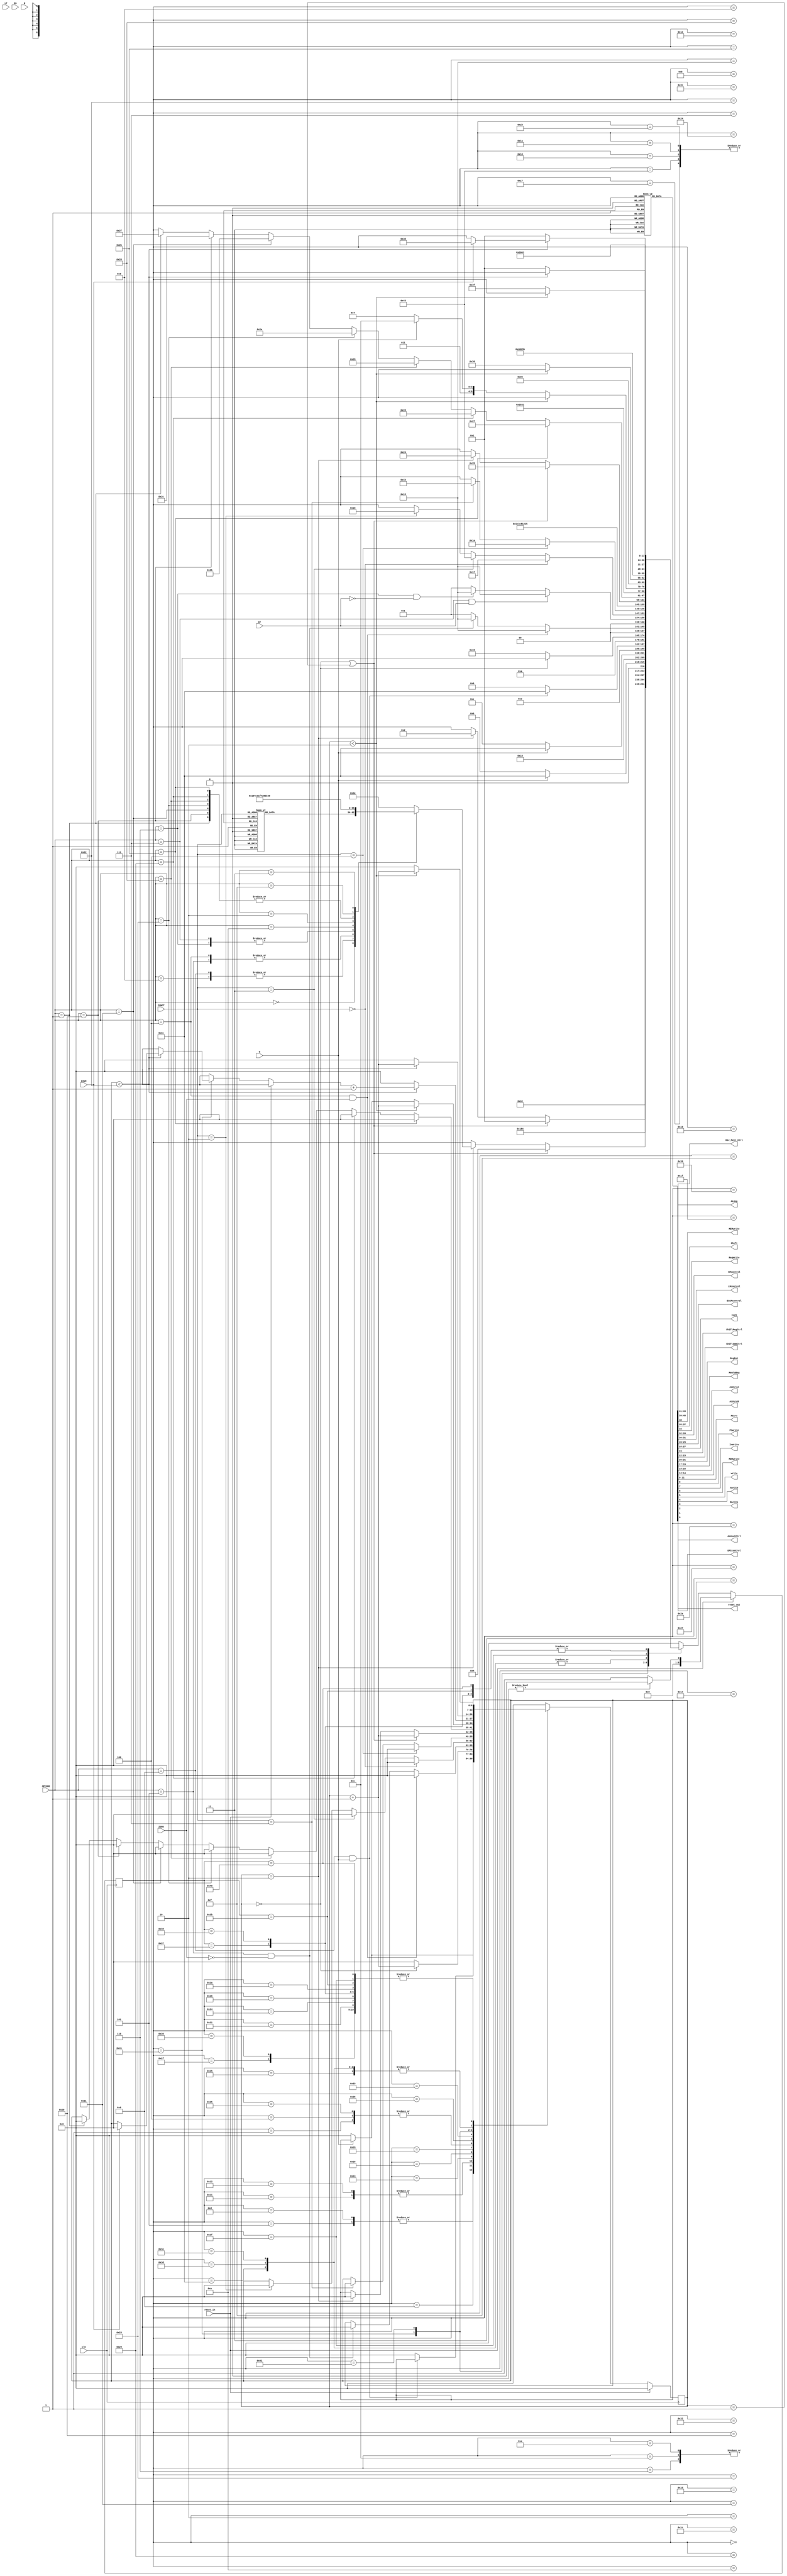
module control_unit(
    input wire clk,
    input wire reset_in,

// instruction
    input wire [5:0] OPCODE,
    input wire [5:0] FUNCT,

// flags

    input wire O,         // OVERFLOW
    input wire ZERO,      // ZERO on operation
    input wire GT,        // Greater than
    input wire LT,        // Less than
    input wire EG,        // Equal to
    input wire N,         // negative
    input wire DIV0,      // DIV0 exception signal

// outputs

// ULA
    output wire [2:0] ALUop,

// DIV e MULT
    output wire [1:0] Div_Mult_Ctrl,

// armazenamentos e deslocamentos
    output wire MEMwrite,             // MEMRIA
    output wire [2:0] Shift,         // registrador de deslocamento
    output wire RegWrite,              // banco de registradores

// Mascaras de Store e Load
    output wire [1:0] SMcontrol,
    output wire [1:0] LMcontrol,

// multiplexadores
    output wire [1:0] EXCPcontrol,
    output wire [2:0] IorD,
    output wire ShiftRegCtrl,
    output wire [1:0] ShiftAmmCtrl,
    output wire [1:0] RegDst,
    output wire [2:0] MemToReg,
    output wire [1:0] ALUsrcA,
    output wire [2:0] ALUsrcB,
    output wire [2:0] PCsrc,


// registradores

    output wire PCwrite,
    output wire IrWrite,
    output wire MDRwrite,
    output wire write,     // sinal para escrever em HI e LO
    output wire Awrite,
    output wire Bwrite,
    output wire EPCcontrol,
    output wire ALUoutCtrl,

// reset 
    output wire reset_out
);

//-----------------------------------CONTADORES E TABELAS-------------------------------------//
    reg [6:0] STATE;    
    reg [6:0] COUNTER; // contador de clocks
    reg [43:0] STATE_OUTPUT_TABLE [0:68];
    wire [43:0] OUTPUT_WORD; 

    
    assign ALUop = OUTPUT_WORD[43:41];
    assign Div_Mult_Ctrl = OUTPUT_WORD[40:39];   /// ER PRA SER 2 bits!!!!
    assign MEMwrite = OUTPUT_WORD[38];
    assign Shift = OUTPUT_WORD[37:35];
    assign RegWrite = OUTPUT_WORD[34];
    assign SMcontrol = OUTPUT_WORD[33:32];
    assign LMcontrol = OUTPUT_WORD[31:30];
    assign EXCPcontrol = OUTPUT_WORD[29:28];
    assign IorD = OUTPUT_WORD[27:25];
    assign ShiftRegCtrl = OUTPUT_WORD[24];
    assign ShiftAmmCtrl = OUTPUT_WORD[23:22];
    assign RegDst = OUTPUT_WORD[21:20];
    assign MemToReg = OUTPUT_WORD[19:17];
    assign ALUsrcA = OUTPUT_WORD[16:15];
    assign ALUsrcB = OUTPUT_WORD[14:12];
    assign PCsrc = OUTPUT_WORD[11:9];
    assign PCwrite = OUTPUT_WORD[8];
    assign IrWrite = OUTPUT_WORD[7];
    assign MDRwrite = OUTPUT_WORD[6];
    assign write = OUTPUT_WORD[5];
    assign Awrite = OUTPUT_WORD[4];
    assign Bwrite = OUTPUT_WORD[3];
    assign EPCcontrol = OUTPUT_WORD[2];
    assign ALUoutCtrl = OUTPUT_WORD[1];
    assign reset_out = OUTPUT_WORD[0];

    assign OUTPUT_WORD = STATE_OUTPUT_TABLE[STATE];

//--------------------------------------PARAMETROS DE ESTADO--------------------------------------//

    //-----------------------------ESTADOS----------------------------//
    //  'ACABOU DE LIGAR'
    parameter STATE_ON                  = 7'b1111111;
    //  COMUNS
    parameter STATE_RESET               =   7'd0;
    parameter STATE_RESET1              =   7'd50;
    parameter STATE_FETCH0              =   7'd1;
    parameter STATE_FETCH1              =   7'd2;
    parameter STATE_DECODE0             =   7'd3;
    parameter STATE_DECODE1             =   7'd4;


    //  ADD
    parameter STATE_ADD0                =   7'd5;
    parameter STATE_ADD1                =   7'd6;

    // AND 
    parameter STATE_AND_0               = 7'd11;
    parameter STATE_AND_1               = 7'd12;

    // SUB 
    parameter STATE_SUB_0               = 7'd13;
    parameter STATE_SUB_1               = 7'd14;

    //  ADD, AND, SUB ENDING STATE
    parameter STATE_ADD_AND_SUB_ENDING  =   7'd7;
    


    // ADDI, ADDIU
    parameter STATE_ADDI_ADDIU_0        = 7'd8; // ESTE ESTADO CONTAR COM UMA CHECAGEM DE OVERFLOW APENAS SE A INSTRUO EM QUESTO FOR O ADDI, MAS PRIMEIRO SER IMPLEMENTADO O ADDIU
    parameter STATE_ADDI_ADDIU_1        = 7'd9;
    parameter STATE_ADDI_ADDIU_ENDING   = 7'd10;


    // MFHI
    parameter STATE_MFHI                = 7'd15;

    // MFLO
    parameter STATE_MFLO                = 7'd16;



    // JR
    parameter STATE_JR                  = 7'd17;

    // BREAK
    parameter STATE_BREAK               = 7'd18;

    // BEQ/BNE
    parameter STATE_BEQ_BNE             = 7'd19;

    // BLE/BGT
    parameter STATE_BLE_BGT             = 7'd20;

    // JR, BREAK, BEQ/BNE, BLE/BGT ENDING STATE
    parameter STATE_JR_BREAK_BRANCH_ENDING = 7'd21;



    // SLL, SRA, SRL INITIAL STATE
    parameter STATE_SLL_SRA_SRL_INITIAL     = 7'd22;
    
    // SLL
    parameter STATE_SLL                     = 7'd23; 
    
    // SRA
    parameter STATE_SRA                     = 7'd67;
    
    // SRL
    parameter STATE_SRL                     = 7'd24;
    
    // SLLV, SRAV INITIAL STATE
    parameter STATE_SLLV_SRAV_INITIAL       = 7'd25;
    
    // SLLV
    parameter STATE_SLLV                    = 7'd26;
    
    // SRAV
    parameter STATE_SRAV                    = 7'd27;
    
    // SHIFT END STATE
    parameter STATE_SHIFT_END               = 7'd28;
    
    

    // SLT
    parameter STATE_SLT_0                   = 7'd29;
    parameter STATE_SLT_1                   = 7'd30;
    // SLTI
    parameter STATE_SLTI_0                  = 7'd31;
    parameter STATE_SLTI_1                  = 7'd32;

    // jump (J)
    parameter STATE_JUMP                    = 7'd33;

    // RTE
    parameter STATE_RTE                     = 7'd34;

    // STORES, LOADS and SLLM
    parameter STATE_LOAD_STORES_0           = 7'd35;
    parameter STATE_LOAD_STORES_1           = 7'd36;
    parameter STATE_LOAD_STORES_2           = 7'd37;
    parameter STATE_LOAD_STORES_3           = 7'd38;

    parameter STATE_SW                      = 7'd39;
    parameter STATE_SH                      = 7'd40;
    parameter STATE_SB                      = 7'd41;

    parameter STATE_LW                      = 7'd42;
    parameter STATE_LH                      = 7'd43;
    parameter STATE_LB                      = 7'd44;
 
    parameter STATE_SLLM_0                  = 7'd47;
    parameter STATE_SLLM_1                  = 7'd48;
    parameter STATE_SLLM_ENDING             = 7'd49;

    // CUIDADOOOOOOOOOOOOOOOOOOOOOOOOOOOOOOOOOO!!!! O ESTADO 7'd50 SER O STATE_RESET1, QUE PRECISA SER ADICIONADO PARA CARREGAR O VALOR 227 NO REGISTRADOR 29  //

    // ADDM
    parameter STATE_ADDM0                   = 7'd51;
    parameter STATE_ADDM1                   = 7'd52;
    parameter STATE_ADDM2                   = 7'd53;
    parameter STATE_ADDM3                   = 7'd54;
    parameter STATE_ADDM4                   = 7'd55;


    // LUI
    parameter STATE_LUI                     = 7'd56;     

    // JAL
    parameter STATE_JAL_0                   = 7'd57;
    parameter STATE_JAL_1                   = 7'd58;
    parameter STATE_JAL_2                   = 7'd59;


    // TRATAMENTO DE EXCEES  
    parameter STATE_EXP_OVERFLOW            = 7'd60;
    parameter STATE_EXP_DIV0                = 7'd61;
    parameter STATE_EXP_OPCODE              = 7'd62;

    parameter STATE_EXP_END_0               = 7'd63;
    parameter STATE_EXP_END_1               = 7'd64;

    // DIV 
    parameter STATE_DIV                     = 7'd65;
    // MULT 
    parameter STATE_MULT                    = 7'd66;
    //---------------------------FIM ESTADOS--------------------------//


    // OPCODES E FUNES

    parameter R_instruction     =   6'h0;
    parameter ADD               =   6'h20;
    parameter AND               =   6'h24;
    parameter DIV               =   6'h1a;
    parameter MULT              =   6'h18;
    parameter JR                =   6'h8;
    parameter MFHI              =   6'h10;
    parameter MFLO              =   6'h12;
    parameter SLL               =   6'h0;
    parameter SLLV              =   6'h4;
    parameter SLT               =   6'h2a;
    parameter SRA               =   6'h3;
    parameter SRAV              =   6'h7;
    parameter SRL               =   6'h2;
    parameter SUB               =   6'h22;
    parameter BREAK             =   6'hd;
    parameter RTE               =   6'h13;
    parameter ADDM              =   6'h5;


    parameter ADDI              =   6'h8;
    parameter ADDIU             =   6'h9;
    parameter BEQ               =   6'h4;
    parameter BNE               =   6'h5;
    parameter BLE               =   6'h6;
    parameter BGT               =   6'h7;
    parameter SLLM              =   6'h1;
    parameter LB                =   6'h20;
    parameter LH                =   6'h21;
    parameter LUI               =   6'hf;
    parameter LW                =   6'h23;
    parameter SB                =   6'h28;
    parameter SH                =   6'h29;
    parameter SLTI              =   6'ha;
    parameter SW                =   6'h2B;


    parameter JUMP              =   6'h2;
    parameter JAL               =   6'h3;

//--------------------------------------------------  INICIALIZAO  -------------------------------------------//

initial begin

    STATE = STATE_ON;
    
    COUNTER = 0;
//     //---------------------------------  INICIALIZAO DA TABELA DE OUTPUTS  -------------------------------//

//     //////////////  INICIO  ////////////////
        
    
//     ///////////////   RESET   /////////////
//     // RegWrite =1          /34
//     // RegDst = 3           /21:20
//     // MemToReg = 4         /19:17
//     // reset_out = 1        /0
     STATE_OUTPUT_TABLE[STATE_RESET] = 44'd0;

     STATE_OUTPUT_TABLE[STATE_RESET][34] = 1;        // RegWrite =1          /34
     STATE_OUTPUT_TABLE[STATE_RESET][21:20] = 2'd3;   // RegDst = 3           /21:20
     STATE_OUTPUT_TABLE[STATE_RESET][19:17] = 3'd4;   // MemToReg = 4         /19:17
     STATE_OUTPUT_TABLE[STATE_RESET][0] = 1;         // reset_out = 1        /0
//     ///////////////   RESET   /////////////

//     ///////////////   RESET1   /////////////
//     // RegWrite =1          /34
//     // RegDst = 3           /21:20
//     // MemToReg = 4         /19:17
//     // reset_out = 0        /0
     STATE_OUTPUT_TABLE[STATE_RESET1] = 44'd0;

     STATE_OUTPUT_TABLE[STATE_RESET1][34] = 1;        // RegWrite =1          /34
     STATE_OUTPUT_TABLE[STATE_RESET1][21:20] = 2'd3;   // RegDst = 3           /21:20
     STATE_OUTPUT_TABLE[STATE_RESET1][19:17] = 3'd4;   // MemToReg = 4         /19:17
     STATE_OUTPUT_TABLE[STATE_RESET1][0] = 0;         // reset_out = 0        /0
//     ///////////////   RESET1   /////////////

//      ///////////////  STATE_FETCH0   ///////////
//      // PCwrite = 0
//      // iorD = 0
//      // MEMwrite = 0
//      // IrWrite = 0
//      // ALUSrcA = 0         /16:15
//      // ALUSrcB = 1         /14:12   
//      // ALUop = 1           /43:41    
//      // PCSrc = 2           /11:9 
      STATE_OUTPUT_TABLE[STATE_FETCH0] = 44'd0;

      STATE_OUTPUT_TABLE[STATE_FETCH0][14:12] = 3'd1;
      STATE_OUTPUT_TABLE[STATE_FETCH0][43:41] = 3'd1;
      STATE_OUTPUT_TABLE[STATE_FETCH0][11:9] = 3'd2;
//      ///////////////  STATE_FETCH0   ///////////

//      ///////////////  STATE_FETCH1     ///////////////////
//      // PCwrite = 1      /8
//      // iorD = 0
//      // MEMwrite = 0
//      // IrWrite = 1      /7
//      // ALUSrcA = 0 
//      // ALUSrcB = 1      /14:12
//      // ALUop = 1        /43:41
//      // PCSrc = 2        /11:9
      STATE_OUTPUT_TABLE[STATE_FETCH1] = 44'd0;
     
      STATE_OUTPUT_TABLE[STATE_FETCH1][8] = 1;
      STATE_OUTPUT_TABLE[STATE_FETCH1][7] = 1;
      STATE_OUTPUT_TABLE[STATE_FETCH1][14:12] = 3'd1;
      STATE_OUTPUT_TABLE[STATE_FETCH1][43:41] = 3'd1;
      STATE_OUTPUT_TABLE[STATE_FETCH1][11:9] = 3'd2;
//      ///////////////  STATE_FETCH1     ///////////////////

//      ///////////////  STATE_DECODE0     //////////////////////////
//      // ALUSrcA = 0 
//      // ALUSrcB = 4      /14:12
//      // ALUop = 1        /43:41
      STATE_OUTPUT_TABLE[STATE_DECODE0] = 44'd0;
      
      STATE_OUTPUT_TABLE[STATE_DECODE0][14:12] = 3'd4;
      STATE_OUTPUT_TABLE[STATE_DECODE0][43:41] = 3'd1; 
//      ///////////////  STATE_DECODE0     //////////////////////////
     
//      ///////////////  STATE_DECODE1   /////////////////////////////
//      // ALUSrcA = 0 
//      // ALUSrcB = 4      /14:12
//      // ALUop = 1        /43:41
//      // Awrite = 1       /4
//      // Bwrite = 1       /3
//      // ALUoutCtrl = 1   /1
      STATE_OUTPUT_TABLE[STATE_DECODE1] = 44'd0;
      
      STATE_OUTPUT_TABLE[STATE_DECODE1][14:12] = 3'd4;
      STATE_OUTPUT_TABLE[STATE_DECODE1][43:41] = 3'd1;
      STATE_OUTPUT_TABLE[STATE_DECODE1][4] = 1;
      STATE_OUTPUT_TABLE[STATE_DECODE1][3] = 1;
      STATE_OUTPUT_TABLE[STATE_DECODE1][1] = 1;
//      ///////////////  STATE_DECODE1   /////////////////////////////
    
//      ///////////////  STATE_ADD0   /////////////////////
//      // ALUSrcA = 2      /16:15
//      // ALUSrcB = 0      /14:12
//      // ALUop = 1        /43:41
      STATE_OUTPUT_TABLE[STATE_ADD0] = 44'd0;
      
      STATE_OUTPUT_TABLE[STATE_ADD0][16:15] = 2'd2;
      STATE_OUTPUT_TABLE[STATE_ADD0][43:41] = 3'd1;
//      ///////////////  STATE_ADD0   /////////////////////

//      ///////////////  STATE_ADD1   ////////////////////
//      // ALUSrcA = 2      /16:15
//      // ALUSrcB = 0      /14:12
//      // ALUop = 1        /43:41
//      // ALUoutCtrl = 1   /1
      STATE_OUTPUT_TABLE[STATE_ADD1] = 44'd0;
      
      STATE_OUTPUT_TABLE[STATE_ADD0][16:15] = 2'd2;
      STATE_OUTPUT_TABLE[STATE_ADD0][43:41] = 3'd1;
      STATE_OUTPUT_TABLE[STATE_ADD0][1] = 1;
//      ///////////////  STATE_ADD1   ////////////////////


//      /////////////// STATE_AND_0  /////////////////////
//      // ALUSrcA = 2      /16:15
//      // ALUSrcB = 0      /14:12
//      // ALUop = 3        /43:41
      STATE_OUTPUT_TABLE[STATE_AND_0] = 44'd0;
      
      STATE_OUTPUT_TABLE[STATE_AND_0][16:15] = 2'd2;
      STATE_OUTPUT_TABLE[STATE_AND_0][43:41] = 3'd3;
//      /////////////// STATE_AND_0  /////////////////////

//      /////////////// STATE_AND_1  /////////////////////
//      // ALUSrcA = 2      /16:15
//      // ALUSrcB = 0      /14:12
//      // ALUop = 3        /43:41
//      // ALUoutCtrl = 1   /1
      STATE_OUTPUT_TABLE[STATE_AND_1] = 44'd0;
      
      STATE_OUTPUT_TABLE[STATE_AND_1][16:15] = 2'd2;
      STATE_OUTPUT_TABLE[STATE_AND_1][43:41] = 3'd3;
      STATE_OUTPUT_TABLE[STATE_AND_1][1] = 1;
//      /////////////// STATE_AND_1  /////////////////////


//      /////////////// STATE_SUB_0  /////////////////////
//      // ALUSrcA = 2      /16:15
//      // ALUSrcB = 0      /14:12
//      // ALUop = 2        /43:41
      STATE_OUTPUT_TABLE[STATE_SUB_0] = 44'd0;
      
      STATE_OUTPUT_TABLE[STATE_SUB_0][16:15] = 2'd2;
      STATE_OUTPUT_TABLE[STATE_SUB_0][43:41] = 3'd2;
//      /////////////// STATE_SUB_0  /////////////////////

//      /////////////// STATE_SUB_1  /////////////////////
//      // ALUSrcA = 2      /16:15
//      // ALUSrcB = 0      /14:12
//      // ALUop = 2        /43:41
//      // ALUoutCtrl = 1   /1
      STATE_OUTPUT_TABLE[STATE_SUB_1] = 44'd0;
      
      STATE_OUTPUT_TABLE[STATE_SUB_1][16:15] = 2'd2;
      STATE_OUTPUT_TABLE[STATE_SUB_1][43:41] = 3'd2;
      STATE_OUTPUT_TABLE[STATE_SUB_1][1] = 1;
//      /////////////// STATE_SUB_1  /////////////////////
    

//      ///////////////  STATE_ADD_AND_SUB_ENDING  ////////////////
//      // RegDst = 1       /21:20   
//      // MemToReg = 6     /19:17
//      // RegWrite = 1     /34
      STATE_OUTPUT_TABLE[STATE_ADD_AND_SUB_ENDING] = 44'd0;
       
      STATE_OUTPUT_TABLE[STATE_ADD_AND_SUB_ENDING][21:20] = 2'd1;
      STATE_OUTPUT_TABLE[STATE_ADD_AND_SUB_ENDING][19:17] = 3'd6;
      STATE_OUTPUT_TABLE[STATE_ADD_AND_SUB_ENDING][34] = 1;
//      ///////////////  STATE_ADD_AND_SUB_ENDING  ////////////////


//      ///////////////  STATE_ADDI_ADDIU_0  ////////////////
//      // ALUop = 1       /43:41
//      // ALUSrcA = 2     /16:15
//      // ALUSrcB = 3     /14:12
      STATE_OUTPUT_TABLE[STATE_ADDI_ADDIU_0] = 44'd0;

      STATE_OUTPUT_TABLE[STATE_ADDI_ADDIU_0][43:41] = 3'd1;
      STATE_OUTPUT_TABLE[STATE_ADDI_ADDIU_0][16:15] = 2'd2;
      STATE_OUTPUT_TABLE[STATE_ADDI_ADDIU_0][14:12] = 3'd3;
//      ///////////////  STATE_ADDI_ADDIU_0  ////////////////

//      ///////////////  STATE_ADDI_ADDIU_1  ////////////////
//      // ALUop = 1       /43:41
//      // ALUSrcA = 2     /16:15
//      // ALUSrcB = 3     /14:12
//      // ALUoutCtrl = 1  /1
      STATE_OUTPUT_TABLE[STATE_ADDI_ADDIU_1] = 44'd0;

      STATE_OUTPUT_TABLE[STATE_ADDI_ADDIU_1][43:41] = 3'd1;
      STATE_OUTPUT_TABLE[STATE_ADDI_ADDIU_1][16:15] = 2'd2;
      STATE_OUTPUT_TABLE[STATE_ADDI_ADDIU_1][14:12] = 3'd3;
      STATE_OUTPUT_TABLE[STATE_ADDI_ADDIU_1][1] = 1;
//      ///////////////  STATE_ADDI_ADDIU_1  ////////////////

//      ///////////////  STATE_ADDI_ADDIU_ENDING  ////////////////
//      // RegDst = 0       /21:20   
//      // MemToReg = 6     /19:17
//      // RegWrite = 1     /34
      STATE_OUTPUT_TABLE[STATE_ADDI_ADDIU_ENDING] = 44'd0;
       
      STATE_OUTPUT_TABLE[STATE_ADDI_ADDIU_ENDING][21:20] = 2'd0;
      STATE_OUTPUT_TABLE[STATE_ADDI_ADDIU_ENDING][19:17] = 3'd6;
      STATE_OUTPUT_TABLE[STATE_ADDI_ADDIU_ENDING][34] = 1;
//      ///////////////  STATE_ADDI_ADDIU_ENDING  ////////////////



//      ///////////////  STATE_MFHI  ////////////////
//      // RegDst = 1       /21:20   
//      // MemToReg = 2     /19:17
//      // RegWrite = 1     /34
      STATE_OUTPUT_TABLE[STATE_MFHI] = 44'd0;
       
      STATE_OUTPUT_TABLE[STATE_MFHI][21:20] = 2'd1;
      STATE_OUTPUT_TABLE[STATE_MFHI][19:17] = 3'd2;
      STATE_OUTPUT_TABLE[STATE_MFHI][34] = 1;
//      ///////////////  STATE_MFHI  ////////////////

//      ///////////////  STATE_MFLO  ////////////////
//      // RegDst = 1       /21:20   
//      // MemToReg = 1     /19:17
//      // RegWrite = 1     /34
      STATE_OUTPUT_TABLE[STATE_MFLO] = 44'd0;
       
      STATE_OUTPUT_TABLE[STATE_MFLO][21:20] = 2'd1;
      STATE_OUTPUT_TABLE[STATE_MFLO][19:17] = 3'd1;
      STATE_OUTPUT_TABLE[STATE_MFLO][34] = 1;
//      ///////////////  STATE_MFLO  ////////////////


//      ///////////////  STATE_JR  ////////////////
//      // ALUSrcA = 2      /16:15
//      // PCSrc = 2        /11:9      
//      // ALUop =  0       /43:41
//      // ALUoutCtrl = 1   /1      
      STATE_OUTPUT_TABLE[STATE_JR] = 44'd0;
      
      STATE_OUTPUT_TABLE[STATE_JR][16:15] = 2'd2;
      STATE_OUTPUT_TABLE[STATE_JR][11:9] = 3'd2;
      STATE_OUTPUT_TABLE[STATE_JR][43:41] = 3'd0;
      STATE_OUTPUT_TABLE[STATE_JR][1] = 1;
//      ///////////////  STATE_JR  ////////////////

//      ///////////////  STATE_BEQ_BNE  ////////////////
//      // ALUSrcA = 2      /16:15
//      // ALUSrcB = 0      /14:12
//      // ALUop =  2       /43:41
//      // PCSrc = 4        /11:9           
      STATE_OUTPUT_TABLE[STATE_BEQ_BNE] = 44'd0;
      
      STATE_OUTPUT_TABLE[STATE_BEQ_BNE][16:15] = 2'd2;
      STATE_OUTPUT_TABLE[STATE_BEQ_BNE][14:12] = 3'd0;
      STATE_OUTPUT_TABLE[STATE_BEQ_BNE][43:41] = 3'd2;
      STATE_OUTPUT_TABLE[STATE_BEQ_BNE][11:9] = 3'd4;
//      ///////////////  STATE_BEQ_BNE  ////////////////

//      ///////////////  STATE_BLE_BGT  ////////////////
//      // ALUSrcA = 2      /16:15
//      // ALUSrcB = 0      /14:12
//      // ALUop =  7       /43:41
//      // PCSrc = 4        /11:9           
      STATE_OUTPUT_TABLE[STATE_BLE_BGT] = 44'd0;
      
      STATE_OUTPUT_TABLE[STATE_BLE_BGT][16:15] = 2'd2;
      STATE_OUTPUT_TABLE[STATE_BLE_BGT][14:12] = 2'd0;
      STATE_OUTPUT_TABLE[STATE_BLE_BGT][43:41] = 3'd7;
      STATE_OUTPUT_TABLE[STATE_BLE_BGT][11:9] = 3'd4;
//      ///////////////  STATE_BLE_BGT  ////////////////

//      ///////////////  STATE_BREAK  ////////////////
//      // ALUSrcA = 0      /16:15
//      // ALUSrcB = 1      /14:12
//      // ALUop =  2       /43:41
//      // PCSrc = 2        /11:9 
//      // ALUoutCtrl = 1   /1           
      STATE_OUTPUT_TABLE[STATE_BREAK] = 44'd0;
      
      STATE_OUTPUT_TABLE[STATE_BREAK][16:15] = 2'd0;
      STATE_OUTPUT_TABLE[STATE_BREAK][14:12] = 3'd1;
      STATE_OUTPUT_TABLE[STATE_BREAK][43:41] = 3'd2;
      STATE_OUTPUT_TABLE[STATE_BREAK][11:9] = 3'd2;
      STATE_OUTPUT_TABLE[STATE_BREAK][1] = 1;      
//      ///////////////  STATE_BREAK  ////////////////

//      ///////////////  STATE_JR_BREAK_BRANCH_ENDING  ////////////////
//      // PCwrite = 1      /8
//      // PCSrc = 4        /11:9
      STATE_OUTPUT_TABLE[STATE_JR_BREAK_BRANCH_ENDING] = 44'd0;

      STATE_OUTPUT_TABLE[STATE_JR_BREAK_BRANCH_ENDING][8] = 1;
      STATE_OUTPUT_TABLE[STATE_JR_BREAK_BRANCH_ENDING][11:9] = 3'd4;
//      ///////////////  STATE_JR_BREAK_BRANCH_ENDING  ////////////////



//      ///////////////  STATE_SLL_SRA_SRL_INITIAL  ////////////////
//      // ShiftRegCtrl = 1     /24
//      // ShiftAmmCtrl =2      /23:22
//      // shift = 1            /37:35
      STATE_OUTPUT_TABLE[STATE_SLL_SRA_SRL_INITIAL] = 44'd0;

      STATE_OUTPUT_TABLE[STATE_SLL_SRA_SRL_INITIAL][24] = 1;
      STATE_OUTPUT_TABLE[STATE_SLL_SRA_SRL_INITIAL][23:22] = 2'd2;
      STATE_OUTPUT_TABLE[STATE_SLL_SRA_SRL_INITIAL][37:35] = 3'd1;
//      ///////////////  STATE_SLL_SRA_SRL_INITIAL  ////////////////

//      ///////////////  STATE_SLL  ////////////////
//      // ShiftRegCtrl = 1     /24
//      // ShiftAmmCtrl =2      /23:22
//      // shift = 2            /37:35
      STATE_OUTPUT_TABLE[STATE_SLL] = 44'd0;

      STATE_OUTPUT_TABLE[STATE_SLL][24] = 1;
      STATE_OUTPUT_TABLE[STATE_SLL][23:22] = 2'd2;
      STATE_OUTPUT_TABLE[STATE_SLL][37:35] = 3'd2;
//      ///////////////  STATE_SLL  ////////////////

//      ///////////////  STATE_SRA  ////////////////
//      // ShiftRegCtrl = 1     /24
//      // ShiftAmmCtrl =2      /23:22
//      // shift = 4            /37:35
      STATE_OUTPUT_TABLE[STATE_SRA] = 44'd0;

      STATE_OUTPUT_TABLE[STATE_SRA][24] = 1;
      STATE_OUTPUT_TABLE[STATE_SRA][23:22] = 2'd2;
      STATE_OUTPUT_TABLE[STATE_SRA][37:35] = 3'd4;
//      ///////////////  STATE_SRA  ////////////////

//      ///////////////  STATE_SRL  ////////////////
//      // ShiftRegCtrl = 1     /24
//      // ShiftAmmCtrl =2      /23:22
//      // shift = 3            /37:35
      STATE_OUTPUT_TABLE[STATE_SRL] = 44'd0;

      STATE_OUTPUT_TABLE[STATE_SRL][24] = 1;
      STATE_OUTPUT_TABLE[STATE_SRL][23:22] = 2'd2;
      STATE_OUTPUT_TABLE[STATE_SRL][37:35] = 3'd3;
//      ///////////////  STATE_SRL  ////////////////

//      ///////////////  STATE_SLLV_SRAV_INITIAL  ////////////////
//      // ShiftRegCtrl = 0     /24
//      // ShiftAmmCtrl =0      /23:22
//      // shift = 1            /37:35
      STATE_OUTPUT_TABLE[STATE_SLLV_SRAV_INITIAL] = 44'd0;

      STATE_OUTPUT_TABLE[STATE_SLLV_SRAV_INITIAL][24] = 0;
      STATE_OUTPUT_TABLE[STATE_SLLV_SRAV_INITIAL][23:22] = 2'd0;
      STATE_OUTPUT_TABLE[STATE_SLLV_SRAV_INITIAL][37:35] = 3'd1;
//      ///////////////  STATE_SLLV_SRAV_INITIAL  ////////////////

//      ///////////////  STATE_SRAV  ////////////////
//      // ShiftRegCtrl = 0     /24
//      // ShiftAmmCtrl = 0      /23:22
//      // shift = 4            /37:35
      STATE_OUTPUT_TABLE[STATE_SRAV] = 44'd0;

      STATE_OUTPUT_TABLE[STATE_SRAV][24] = 0;
      STATE_OUTPUT_TABLE[STATE_SRAV][23:22] = 2'd0;
      STATE_OUTPUT_TABLE[STATE_SRAV][37:35] = 3'd4;
//      ///////////////  STATE_SRAV  ////////////////

//      ///////////////  STATE_SLLV  ////////////////
//      // ShiftRegCtrl = 0     /24
//      // ShiftAmmCtrl = 0      /23:22
//      // shift = 2            /37:35
      STATE_OUTPUT_TABLE[STATE_SLLV] = 44'd0;

      STATE_OUTPUT_TABLE[STATE_SLLV][24] = 0;
      STATE_OUTPUT_TABLE[STATE_SLLV][23:22] = 2'd0;
      STATE_OUTPUT_TABLE[STATE_SLLV][37:35] = 3'd2;
//      ///////////////  STATE_SLLV  ////////////////

//      ///////////////  STATE_SHIFT_END  ////////////////
//      // RegDst = 1       /21:20   
//      // MemToReg = 5     /19:17
//      // RegWrite = 1     /34
      STATE_OUTPUT_TABLE[STATE_SHIFT_END] = 44'd0;
       
      STATE_OUTPUT_TABLE[STATE_SHIFT_END][21:20] = 2'd1;
      STATE_OUTPUT_TABLE[STATE_SHIFT_END][19:17] = 3'd5;
      STATE_OUTPUT_TABLE[STATE_SHIFT_END][34] = 1;
//      ///////////////  STATE_SHIFT_END  ////////////////



//      ///////////////  STATE_SLT_0  ////////////////
//      // ALUSrcA = 2      /16:15
//      // ALUSrcB = 0      /14:12
//      // ALUop =  7       /43:41
      STATE_OUTPUT_TABLE[STATE_SLT_0] = 44'd0;
      
      STATE_OUTPUT_TABLE[STATE_SLT_0][16:15] = 2'd2;
      STATE_OUTPUT_TABLE[STATE_SLT_0][14:12] = 3'd0;
      STATE_OUTPUT_TABLE[STATE_SLT_0][43:41] = 3'd7;
//      ///////////////  STATE_SLT_0  ////////////////

//      ///////////////  STATE_SLT_1  ////////////////
//      // RegDst = 1       /21:20   
//      // MemToReg = 7     /19:17
//      // RegWrite = 1     /34
//      // ALUSrcA = 2      /16:15
//      // ALUSrcB = 0      /14:12
//      // ALUop =  7       /43:41
      STATE_OUTPUT_TABLE[STATE_SLT_1] = 44'd0;
       
      STATE_OUTPUT_TABLE[STATE_SLT_1][21:20] = 2'd1;
      STATE_OUTPUT_TABLE[STATE_SLT_1][19:17] = 3'd7;
      STATE_OUTPUT_TABLE[STATE_SLT_1][34] = 1;
      STATE_OUTPUT_TABLE[STATE_SLT_1][16:15] = 2'd2;
      STATE_OUTPUT_TABLE[STATE_SLT_1][14:12] = 3'd0;
      STATE_OUTPUT_TABLE[STATE_SLT_1][43:41] = 3'd7;
//      ///////////////  STATE_SLT_1  ////////////////


//      ///////////////  STATE_SLTI_0  ////////////////
//      // ALUSrcA = 2      /16:15
//      // ALUSrcB = 3      /14:12
//      // ALUop =  7       /43:41
      STATE_OUTPUT_TABLE[STATE_SLTI_0] = 44'd0;
      
      STATE_OUTPUT_TABLE[STATE_SLTI_0][16:15] = 2'd2;
      STATE_OUTPUT_TABLE[STATE_SLTI_0][14:12] = 3'd3;
      STATE_OUTPUT_TABLE[STATE_SLTI_0][43:41] = 3'd7;
//      ///////////////  STATE_SLTI_0  ////////////////

//      ///////////////  STATE_SLTI_1  ////////////////
//      // RegDst = 0       /21:20   
//      // MemToReg = 7     /19:17
//      // RegWrite = 1     /34
//      // ALUSrcA = 2      /16:15
//      // ALUSrcB = 3      /14:12
//      // ALUop =  7       /43:41
      STATE_OUTPUT_TABLE[STATE_SLTI_1] = 44'd0;
       
      STATE_OUTPUT_TABLE[STATE_SLTI_1][21:20] = 2'd0;
      STATE_OUTPUT_TABLE[STATE_SLTI_1][19:17] = 3'd7;
      STATE_OUTPUT_TABLE[STATE_SLTI_1][34] = 1;
      STATE_OUTPUT_TABLE[STATE_SLTI_1][16:15] = 2'd2;
      STATE_OUTPUT_TABLE[STATE_SLTI_1][14:12] = 3'd3;
      STATE_OUTPUT_TABLE[STATE_SLTI_1][43:41] = 3'd7;
//      ///////////////  STATE_SLTI_1  ////////////////


//      ///////////////  STATE_J  ////////////////
//      // PCSrc = 0           /11:9
//      // PCwrite = 1         /8
      STATE_OUTPUT_TABLE[STATE_JUMP] = 44'd0;

      STATE_OUTPUT_TABLE[STATE_JUMP][11:9] = 3'd0;
      STATE_OUTPUT_TABLE[STATE_JUMP][8] = 1;
//      ///////////////  STATE_J  ////////////////

//      ///////////////  STATE_RTE  ////////////////
//      // PCSrc = 3           /11:9
//      // PCwrite = 1         /8
      STATE_OUTPUT_TABLE[STATE_RTE] = 44'd0;

      STATE_OUTPUT_TABLE[STATE_RTE][11:9] = 3'd3;
      STATE_OUTPUT_TABLE[STATE_RTE][8] = 1;
//      ///////////////  STATE_RTE  ////////////////




//      ///////////////  STATE_LOAD_STORES_0  ////////////////
//      // ALUSrcA = 2      /16:15
//      // ALUSrcB = 3      /14:12
//      // ALUop =  1       /43:41        
      STATE_OUTPUT_TABLE[STATE_LOAD_STORES_0] = 44'd0;
      
      STATE_OUTPUT_TABLE[STATE_LOAD_STORES_0][16:15] = 2'd2;
      STATE_OUTPUT_TABLE[STATE_LOAD_STORES_0][14:12] = 3'd3;
      STATE_OUTPUT_TABLE[STATE_LOAD_STORES_0][43:41] = 3'd1;
//      ///////////////  STATE_LOAD_STORES_0  ////////////////

//      ///////////////  STATE_LOAD_STORES_1  ////////////////
//      // ALUSrcA = 2      /16:15
//      // ALUSrcB = 3      /14:12
//      // ALUop =  1       /43:41  
//      // ALUoutCtrl = 1   /1      
      STATE_OUTPUT_TABLE[STATE_LOAD_STORES_1] = 44'd0;
      
      STATE_OUTPUT_TABLE[STATE_LOAD_STORES_1][16:15] = 2'd2;
      STATE_OUTPUT_TABLE[STATE_LOAD_STORES_1][14:12] = 3'd3;
      STATE_OUTPUT_TABLE[STATE_LOAD_STORES_1][43:41] = 3'd1;
      STATE_OUTPUT_TABLE[STATE_LOAD_STORES_1][1] = 1;
//      ///////////////  STATE_LOAD_STORES_1  ////////////////

//      ///////////////  STATE_LOAD_STORES_2  ////////////////
//      // iorD = 4         /27:25
//      // MEMwrite = 0
      STATE_OUTPUT_TABLE[STATE_LOAD_STORES_2] = 44'd0;

      STATE_OUTPUT_TABLE[STATE_LOAD_STORES_2][27:25] = 3'd4;
//      ///////////////  STATE_LOAD_STORES_2  ////////////////

//      ///////////////  STATE_LOAD_STORES_3  ////////////////
//      // MDRwrite = 1    /6
      STATE_OUTPUT_TABLE[STATE_LOAD_STORES_3] = 44'd0;

      STATE_OUTPUT_TABLE[STATE_LOAD_STORES_3][6] = 1;
//      ///////////////  STATE_LOAD_STORES_3  ////////////////



//      ///////////////  STATE_SW  ////////////////
//      // SMcontrol = 0    /33:32
//      // iorD = 4         /27:25
//      // MEMwrite = 1     /38
      STATE_OUTPUT_TABLE[STATE_SW] = 44'd0;

      STATE_OUTPUT_TABLE[STATE_SW][33:32] = 2'd0;
      STATE_OUTPUT_TABLE[STATE_SW][27:25] = 3'd4;
      STATE_OUTPUT_TABLE[STATE_SW][38] = 1;
//      ///////////////  STATE_SW  ////////////////

//      ///////////////  STATE_SH  ////////////////
//      // SMcontrol = 1    /33:32
//      // iorD = 4         /27:25
//      // MEMwrite = 1     /38
      STATE_OUTPUT_TABLE[STATE_SH] = 44'd0;

      STATE_OUTPUT_TABLE[STATE_SH][33:32] = 2'd1;
      STATE_OUTPUT_TABLE[STATE_SH][27:25] = 3'd4;
      STATE_OUTPUT_TABLE[STATE_SH][38] = 1;
//      ///////////////  STATE_SH  ////////////////

//      ///////////////  STATE_SB  ////////////////
//      // SMcontrol = 2    /33:32
//      // iorD = 4         /27:25
//      // MEMwrite = 1     /38
      STATE_OUTPUT_TABLE[STATE_SB] = 44'd0;

      STATE_OUTPUT_TABLE[STATE_SB][33:32] = 2'd2;
      STATE_OUTPUT_TABLE[STATE_SB][27:25] = 3'd4;
      STATE_OUTPUT_TABLE[STATE_SB][38] = 1;
//      ///////////////  STATE_SB  ////////////////


//      ///////////////  STATE_LW  ////////////////
//      // LMcontrol = 0    /31:30
//      // RegDst = 0       /21:20   
//      // MemToReg = 0     /19:17
//      // RegWrite = 1     /34
      STATE_OUTPUT_TABLE[STATE_LW] = 44'd0;

      STATE_OUTPUT_TABLE[STATE_LW][31:30] = 2'd0;
      STATE_OUTPUT_TABLE[STATE_LW][21:20] = 2'd0;
      STATE_OUTPUT_TABLE[STATE_LW][19:17] = 3'd0;
      STATE_OUTPUT_TABLE[STATE_LW][34] = 1;
//      ///////////////  STATE_LW  ////////////////

//      ///////////////  STATE_LH  ////////////////
//      // LMcontrol = 1    /31:30
//      // RegDst = 0       /21:20   
//      // MemToReg = 0     /19:17
//      // RegWrite = 1     /34
      STATE_OUTPUT_TABLE[STATE_LH] = 44'd0;

      STATE_OUTPUT_TABLE[STATE_LH][31:30] = 2'd1;
      STATE_OUTPUT_TABLE[STATE_LH][21:20] = 2'd0;
      STATE_OUTPUT_TABLE[STATE_LH][19:17] = 3'd0;
      STATE_OUTPUT_TABLE[STATE_LH][34] = 1;
//      ///////////////  STATE_LH  ////////////////

//      ///////////////  STATE_LB  ////////////////
//      // LMcontrol = 2    /31:30
//      // RegDst = 0       /21:20   
//      // MemToReg = 0     /19:17
//      // RegWrite = 1     /34
      STATE_OUTPUT_TABLE[STATE_LB] = 44'd0;

      STATE_OUTPUT_TABLE[STATE_LB][31:30] = 2'd2;
      STATE_OUTPUT_TABLE[STATE_LB][21:20] = 2'd0;
      STATE_OUTPUT_TABLE[STATE_LB][19:17] = 3'd0;
      STATE_OUTPUT_TABLE[STATE_LB][34] = 1;
//      ///////////////  STATE_LB  ////////////////


//      ///////////////  STATE_SLLM_0  ////////////////
//      // ShiftRegCtrl = 1     /24
//      // ShiftAmmCtrl = 1      /23:22
//      // shift = 1            /37:35
      STATE_OUTPUT_TABLE[STATE_SLLM_0] = 44'd0;

      STATE_OUTPUT_TABLE[STATE_SLLM_0][24] = 1;
      STATE_OUTPUT_TABLE[STATE_SLLM_0][23:22] = 2'd1;
      STATE_OUTPUT_TABLE[STATE_SLLM_0][37:35] = 3'd1;
//      ///////////////  STATE_SLLM_0  ////////////////

//      ///////////////  STATE_SLLM_1  ////////////////
//      // ShiftRegCtrl = 1     /24
//      // ShiftAmmCtrl = 1      /23:22
//      // shift = 2            /37:35
      STATE_OUTPUT_TABLE[STATE_SLLM_1] = 44'd0;

      STATE_OUTPUT_TABLE[STATE_SLLM_1][24] = 1;
      STATE_OUTPUT_TABLE[STATE_SLLM_1][23:22] = 2'd1;
      STATE_OUTPUT_TABLE[STATE_SLLM_1][37:35] = 3'd2;
//      ///////////////  STATE_SLLM_1  ////////////////

//      ///////////////  STATE_SLLM_ENDING  ////////////////
//      // RegDst = 0       /21:20   
//      // MemToReg = 5     /19:17
//      // RegWrite = 1     /34
      STATE_OUTPUT_TABLE[STATE_SLLM_ENDING] = 44'd0;
       
      STATE_OUTPUT_TABLE[STATE_SLLM_ENDING][21:20] = 2'd0;
      STATE_OUTPUT_TABLE[STATE_SLLM_ENDING][19:17] = 3'd5;
      STATE_OUTPUT_TABLE[STATE_SLLM_ENDING][34] = 1;
//      ///////////////  STATE_SLLM_ENDING  ////////////////



//      ///////////////  STATE_ADDM0  ////////////////
//      // IorD = 3         /27:25
        STATE_OUTPUT_TABLE[STATE_ADDM0] = 44'd0;

        STATE_OUTPUT_TABLE[STATE_ADDM0][27:25] = 3'd3;
//      ///////////////  STATE_ADDM0  ////////////////

//      ///////////////  STATE_ADDM1  ////////////////
//      // MDRwrite = 1     /6
        STATE_OUTPUT_TABLE[STATE_ADDM1] = 44'd0;
        
        STATE_OUTPUT_TABLE[STATE_ADDM1][6] = 1;
//      ///////////////  STATE_ADDM1  ////////////////

//      ///////////////  STATE_ADDM2  ////////////////
//      // ALUop = 1        /43:41
//      // IorD = 2         /27:25
//      // ALUsrcA = 1      /16:15
//      // ALUsrcB = 2      /14:12
        STATE_OUTPUT_TABLE[STATE_ADDM2] = 44'd0;
        
        STATE_OUTPUT_TABLE[STATE_ADDM2][43:41] = 3'd1;
        STATE_OUTPUT_TABLE[STATE_ADDM2][27:25] = 3'd2;
        STATE_OUTPUT_TABLE[STATE_ADDM2][16:15] = 2'd1;
        STATE_OUTPUT_TABLE[STATE_ADDM2][14:12] = 3'd2;
//      ///////////////  STATE_ADDM2  ////////////////

//      ///////////////  STATE_ADDM3  ////////////////
//      // ALUop = 1        /43:41
//      // ALUsrcA = 1      /16:15
//      // ALUsrcB = 2      /14:12
//      // ALUoutCtrl = 1   /1
        STATE_OUTPUT_TABLE[STATE_ADDM3] = 44'd0;
        
        STATE_OUTPUT_TABLE[STATE_ADDM3][43:41] = 3'd1;
        STATE_OUTPUT_TABLE[STATE_ADDM3][16:15] = 2'd1;
        STATE_OUTPUT_TABLE[STATE_ADDM3][14:12] = 3'd2;
        STATE_OUTPUT_TABLE[STATE_ADDM3][1]     = 1;
//      ///////////////  STATE_ADDM3  ////////////////

//      ///////////////  STATE_ADDM4  ////////////////
//      // RegWrite = 1      /34
//      // RegDst = 1        /21:20
//      // MemToReg = 6      /19:17
        STATE_OUTPUT_TABLE[STATE_ADDM4] = 44'd0;
        
        STATE_OUTPUT_TABLE[STATE_ADDM4][34] = 1;
        STATE_OUTPUT_TABLE[STATE_ADDM4][21:20] = 2'd1;
        STATE_OUTPUT_TABLE[STATE_ADDM4][19:17] = 3'd6;
//      ///////////////  STATE_ADDM4  ////////////////



//      ///////////////  STATE_LUI  ////////////////
//      // RegDst = 0       /21:20   
//      // MemToReg = 3     /19:17
//      // RegWrite = 1     /34
      STATE_OUTPUT_TABLE[STATE_LUI] = 44'd0;
       
      STATE_OUTPUT_TABLE[STATE_LUI][21:20] = 2'd0;
      STATE_OUTPUT_TABLE[STATE_LUI][19:17] = 3'd3;
      STATE_OUTPUT_TABLE[STATE_LUI][34] = 1;
//      ///////////////  STATE_LUI  ////////////////



//      ///////////////  STATE_JAL_0  ////////////////
//      // ALUSrcA = 0      /16:15
//      // PCSrc = 2        /11:9      
//      // ALUop =  0       /43:41     
      STATE_OUTPUT_TABLE[STATE_JAL_0] = 44'd0;
      
      STATE_OUTPUT_TABLE[STATE_JAL_0][16:15] = 2'd0;
      STATE_OUTPUT_TABLE[STATE_JAL_0][11:9] = 3'd2;
      STATE_OUTPUT_TABLE[STATE_JAL_0][43:41] = 3'd0;
//      ///////////////  STATE_JAL_0  ////////////////

//      ///////////////  STATE_JAL_1  ////////////////
//      // ALUSrcA = 0      /16:15
//      // PCSrc = 0        /11:9      
//      // ALUop =  0       /43:41   
//      // ALUoutCtrl = 1   /1 
//      // RegDst = 2       /21:20   
//      // MemToReg = 6     /19:17
//      // PCwrite = 1      /8
      STATE_OUTPUT_TABLE[STATE_JAL_1] = 44'd0;
      
      STATE_OUTPUT_TABLE[STATE_JAL_1][16:15] = 2'd0;
      STATE_OUTPUT_TABLE[STATE_JAL_1][11:9] = 3'd0;
      STATE_OUTPUT_TABLE[STATE_JAL_1][43:41] = 3'd0;
      STATE_OUTPUT_TABLE[STATE_JAL_1][1]     = 1;
      STATE_OUTPUT_TABLE[STATE_JAL_1][21:20] = 2'd2;
      STATE_OUTPUT_TABLE[STATE_JAL_1][19:17] = 3'd6;
      STATE_OUTPUT_TABLE[STATE_JAL_1][8] = 1;
//      ///////////////  STATE_JAL_1  ////////////////

//      ///////////////  STATE_JAL_2  //////////////// 
//      // RegDst = 2       /21:20   
//      // MemToReg = 6     /19:17
//      // RegWrite = 1     /34
      STATE_OUTPUT_TABLE[STATE_JAL_2] = 44'd0;
      
      STATE_OUTPUT_TABLE[STATE_JAL_2][21:20] = 2'd2;
      STATE_OUTPUT_TABLE[STATE_JAL_2][19:17] = 3'd6;
      STATE_OUTPUT_TABLE[STATE_JAL_2][34] = 1;
//      ///////////////  STATE_JAL_2  ////////////////




//      ///////////////  STATE_DIV  ////////////////
//      // Div_Mult_Ctrl = 1       /40:39
//      // write = 1               /5
      STATE_OUTPUT_TABLE[STATE_DIV] = 44'd0;
     
      STATE_OUTPUT_TABLE[STATE_DIV][40:39] = 2'd1;
      STATE_OUTPUT_TABLE[STATE_DIV][5] = 1;
//      ///////////////  STATE_DIV  ////////////////

//      ///////////////  STATE_MULT  ////////////////
//      // Div_Mult_Ctrl = 2       /40:39
//      // write = 1               /5
      STATE_OUTPUT_TABLE[STATE_MULT] = 44'd0;

      STATE_OUTPUT_TABLE[STATE_MULT][40:39] = 2'd2;
      STATE_OUTPUT_TABLE[STATE_MULT][5] = 1;
//      ///////////////  STATE_MULT  ////////////////




//      ///////////////  STATE_EXP_OVERFLOW  ////////////////
//      // MEMwrite = 0             /38
//      // ALUSrcA = 0              /16:15
//      // ALUSrcB = 1              /14:12
//      // EXCPControl = 1          /29:28
//      // IorD = 5                 /27:25
//      // ALUop = 2                /43:41 
//      // EPCcontrol = 1           /2
        STATE_OUTPUT_TABLE[STATE_EXP_OVERFLOW] = 44'd0;
                

        STATE_OUTPUT_TABLE[STATE_EXP_OVERFLOW][14:12] = 3'd1;
        STATE_OUTPUT_TABLE[STATE_EXP_OVERFLOW][29:28] = 2'd1;
        STATE_OUTPUT_TABLE[STATE_EXP_OVERFLOW][27:25] = 3'd5;
        STATE_OUTPUT_TABLE[STATE_EXP_OVERFLOW][43:41] = 3'd2;
        STATE_OUTPUT_TABLE[STATE_EXP_OVERFLOW][2] = 1;
//      ///////////////  STATE_EXP_OVERFLOW  //////////////// 

//      ///////////////  STATE_EXP_DIV0  //////////////// 
//      // MEMwrite = 0             /38
//      // ALUSrcA = 0              /16:15
//      // ALUSrcB = 1              /14:12
//      // EXCPControl = 2          /29:28
//      // IorD = 5                 /27:25
//      // ALUop = 2                /43:41 
//      // EPCcontrol = 1           /2
        STATE_OUTPUT_TABLE[STATE_EXP_DIV0] = 44'd0;        

        STATE_OUTPUT_TABLE[STATE_EXP_DIV0][14:12] = 3'd1;
        STATE_OUTPUT_TABLE[STATE_EXP_DIV0][29:28] = 2'd2;
        STATE_OUTPUT_TABLE[STATE_EXP_DIV0][27:25] = 3'd5;
        STATE_OUTPUT_TABLE[STATE_EXP_DIV0][43:41] = 3'd2;
        STATE_OUTPUT_TABLE[STATE_EXP_DIV0][2] = 1;
//      ///////////////  STATE_EXP_DIV0  ////////////////

//      ///////////////  STATE_EXP_OPCODE  //////////////// 
//      // MEMwrite = 0             /38
//      // ALUSrcA = 0              /16:15
//      // ALUSrcB = 1              /14:12
//      // EXCPControl = 0          /29:28
//      // IorD = 5                 /27:25
//      // ALUop = 2                /43:41 
//      // EPCcontrol = 1           /2
        STATE_OUTPUT_TABLE[STATE_EXP_OPCODE] = 44'd0;        

        STATE_OUTPUT_TABLE[STATE_EXP_OPCODE][14:12] = 3'd1;
        STATE_OUTPUT_TABLE[STATE_EXP_OPCODE][29:28] = 2'd0;
        STATE_OUTPUT_TABLE[STATE_EXP_OPCODE][27:25] = 3'd5;
        STATE_OUTPUT_TABLE[STATE_EXP_OPCODE][43:41] = 3'd2;
        STATE_OUTPUT_TABLE[STATE_EXP_OPCODE][2] = 1;
//      ///////////////  STATE_EXP_OPCODE  ////////////////

//      ///////////////  STATE_EXP_END_0  //////////////// 
//      // MDRwrite = 1    /6
      STATE_OUTPUT_TABLE[STATE_EXP_END_0] = 44'd0;

      STATE_OUTPUT_TABLE[STATE_EXP_END_0][6] = 1;
//      ///////////////  STATE_EXP_END_0  ////////////////

//      ///////////////  STATE_EXP_END_1  //////////////// 
//      // LMcontrol = 2       /31:30
//      // PCSrc = 1           /11:9
//      // PCwrite = 1         /8
      STATE_OUTPUT_TABLE[STATE_EXP_END_1] = 44'd0;

      STATE_OUTPUT_TABLE[STATE_EXP_END_1][31:30] = 2'd2;
      STATE_OUTPUT_TABLE[STATE_EXP_END_1][11:9] = 3'd1;
      STATE_OUTPUT_TABLE[STATE_EXP_END_1][8] = 1;
//      ///////////////  STATE_EXP_END_1  ////////////////

//     //------------------  FIM DA INICIALIZAO DA TABELA DE OUTPUTS  ------------------//
end

always @(posedge clk) begin
    if (reset_in == 1'b1) begin
        if (STATE != STATE_RESET) begin
            STATE = STATE_RESET;
            
            
            // SET COUNTER FOR NEXT OPERATION
            COUNTER = 0;
        end
        
        else begin
            STATE = STATE_FETCH0;
            
            
            // SET COUNTER FOR NEXT OPERATION
            COUNTER = 0;
        end
    end 

    else begin
        case (STATE)
            //------        ESTADOS "COMUNS"      --------//
            STATE_RESET: begin
                STATE = STATE_RESET1;
            end

            STATE_RESET1: begin
                STATE = STATE_FETCH0;
            end

            STATE_FETCH0: begin
                if (COUNTER == 0 || COUNTER == 1) begin
                    STATE = STATE_FETCH0;
                    
                    // SET COUNTER FOR NEXT OPERATION
                    COUNTER = COUNTER + 1; 
                end
                else if (COUNTER == 2) begin
                    STATE = STATE_FETCH1;
                    
                    // SET COUNTER FOR NEXT OPERATION
                    COUNTER = 0;
                end
            end

            STATE_FETCH1: begin
                STATE = STATE_DECODE0;
                
                // SET COUNTER FOR NEXT OPERATION
                COUNTER = 0;
            end

            STATE_DECODE0: begin
                STATE = STATE_DECODE1;
                
                // SET COUNTER FOR NEXT OPERATION
                COUNTER = 0;
            end
            
            STATE_DECODE1: begin
                if (COUNTER == 0 || COUNTER == 1) begin
                    STATE = STATE_DECODE1;
                    
                    // SET COUNTER FOR NEXT OPERATION
                    COUNTER = COUNTER + 1;
                end
                else if (COUNTER == 2) begin
                    COUNTER = 0;
                    
                    case (OPCODE)
                        R_instruction: begin
                            case (FUNCT)
                                ADD:
                                    STATE = STATE_ADD0;
                               
                                AND:
                                    STATE = STATE_AND_0;
                               
                                SUB:
                                    STATE = STATE_SUB_0;

                                MFHI:
                                    STATE = STATE_MFHI;

                                MFLO:
                                    STATE = STATE_MFLO;
                                
                                JR:
                                    STATE = STATE_JR;
                                
                                BREAK:
                                    STATE = STATE_BREAK;
                                
                                SLL:
                                    STATE = STATE_SLL_SRA_SRL_INITIAL;
                               
                                SRA:
                                    STATE = STATE_SLL_SRA_SRL_INITIAL;
                              
                                SRL:
                                    STATE = STATE_SLL_SRA_SRL_INITIAL;
                               
                                SLLV:
                                    STATE = STATE_SLLV_SRAV_INITIAL;

                                SRAV:
                                    STATE = STATE_SLLV_SRAV_INITIAL;

                                SLT: 
                                    STATE = STATE_SLT_0;
                                
                                RTE: 
                                    STATE = STATE_RTE;

                                ADDM:
                                    STATE = STATE_ADDM0;
                                
                                DIV: 
                                    STATE = STATE_DIV;
                                
                                MULT: 
                                    STATE = STATE_MULT;

                                default:
                                    STATE = STATE_EXP_OPCODE; // tratamento de excees de OPCODE INEXISTENTE 
                            endcase
                        end

                        ADDI:
                            STATE = STATE_ADDI_ADDIU_0;

                        ADDIU:
                            STATE = STATE_ADDI_ADDIU_0;

                        BEQ:
                            STATE = STATE_BEQ_BNE;
                        BNE:
                            STATE = STATE_BEQ_BNE;
                        BLE:
                            STATE = STATE_BLE_BGT;
                        BGT:
                            STATE = STATE_BLE_BGT;

                        SLTI: 
                            STATE = STATE_SLTI_0;
                        
                        JUMP:
                            STATE = STATE_JUMP;


                        SW: 
                            STATE = STATE_LOAD_STORES_0;
                        SH:
                            STATE = STATE_LOAD_STORES_0;
                        SB:
                            STATE = STATE_LOAD_STORES_0;

                        LW:
                            STATE = STATE_LOAD_STORES_0;
                        LH:
                            STATE = STATE_LOAD_STORES_0;
                        LB:
                            STATE = STATE_LOAD_STORES_0;

                        SLLM:
                            STATE = STATE_LOAD_STORES_0;

                        LUI:
                            STATE = STATE_LUI;

                        JAL:
                            STATE = STATE_JAL_0;

                        default:
                            STATE = STATE_EXP_OPCODE; // tratamento de excees de OPCODE INEXISTENTE
                    endcase
                end
            end
            //------     FIM ESTADOS "COMUNS"     --------//

            //  ADD
            STATE_ADD0: begin
                if (O == 1) begin
                    STATE = STATE_EXP_OVERFLOW;
                end else begin
                    STATE = STATE_ADD1;
                    COUNTER = 0;
                end
            end
            STATE_ADD1: begin
                STATE = STATE_ADD_AND_SUB_ENDING;
                COUNTER = 0;
            end

            //  AND
            STATE_AND_0: begin
                STATE = STATE_AND_1;
                COUNTER = 0;
            end
            STATE_AND_1: begin
                STATE = STATE_ADD_AND_SUB_ENDING;
                COUNTER = 0;
            end

            //  SUB
            STATE_SUB_0: begin
                if (O == 1) begin
                    STATE = STATE_EXP_OVERFLOW;
                end else begin
                    STATE = STATE_SUB_1;
                    COUNTER = 0;
                end
            end
            STATE_SUB_1: begin
                STATE = STATE_ADD_AND_SUB_ENDING;
                COUNTER = 0;
            end
            
            //  ADD, AND, SUB ENDING STATE
            STATE_ADD_AND_SUB_ENDING: begin
                STATE = STATE_FETCH0;
                COUNTER = 0;
            end
            
            // ADDIU, ADDI
            STATE_ADDI_ADDIU_0: begin
                if (OPCODE == ADDI && O == 1) begin
                    STATE = STATE_EXP_OVERFLOW;
                end else begin
                    STATE = STATE_ADDI_ADDIU_1; // ESTE ESTADO CONTAR COM UMA CHECAGEM DE OVERFLOW APENAS SE A INSTRUO EM QUESTO FOR O ADDI, MAS PRIMEIRO SER IMPLEMENTADO O ADDIU
                    COUNTER = 0;
                end
            end
            STATE_ADDI_ADDIU_1: begin
                STATE = STATE_ADDI_ADDIU_ENDING;
                COUNTER = 0;
            end
            STATE_ADDI_ADDIU_ENDING: begin
                STATE = STATE_FETCH0;
                COUNTER = 0;
            end

            //  MFHI
            STATE_MFHI: begin
                STATE = STATE_FETCH0;
                COUNTER = 0;
            end

            // FMLO
            STATE_MFLO: begin
                STATE = STATE_FETCH0;
                COUNTER = 0;
            end
            
            //  JR
            STATE_JR: begin
                if (COUNTER == 0) begin
                    COUNTER = COUNTER + 1;
                end else begin
                    STATE = STATE_JR_BREAK_BRANCH_ENDING;
                    COUNTER = 0;
                end    
            end
            
            // BREAK
            STATE_BREAK: begin
                if (COUNTER == 0) begin
                    COUNTER = COUNTER + 1;
                end else begin
                    STATE = STATE_JR_BREAK_BRANCH_ENDING;
                    COUNTER = 0;
                end
            end
            
            // BEQ/BNE
            STATE_BEQ_BNE: begin
                if (OPCODE == BEQ && ZERO == 1) begin
                    STATE = STATE_JR_BREAK_BRANCH_ENDING;
                    COUNTER = 0; 
                end
                else if (OPCODE == BNE && ZERO == 0) begin
                    STATE = STATE_JR_BREAK_BRANCH_ENDING;
                    COUNTER = 0;
                end
                else begin
                    STATE = STATE_FETCH0;
                end
            end

            // BLE/BGT
            STATE_BLE_BGT: begin
                if (OPCODE == BGT && GT == 1) begin
                    STATE = STATE_JR_BREAK_BRANCH_ENDING;
                    COUNTER = 0; 
                end
                else if (OPCODE == BLE && GT == 0) begin
                    STATE = STATE_JR_BREAK_BRANCH_ENDING;
                    COUNTER = 0;
                end
                else begin
                    STATE = STATE_FETCH0;
                    COUNTER = 0;
                end
            end

            // JR, BREAK, BRANCHES ENDING STATE
            STATE_JR_BREAK_BRANCH_ENDING: begin
                STATE = STATE_FETCH0;
                COUNTER = 0;
            end

            
            // SLL, SRA, SRL INITIAL STATE
            STATE_SLL_SRA_SRL_INITIAL: begin
                if (FUNCT == SLL) begin
                    STATE = STATE_SLL;
                    COUNTER = 0;
                end
                else if (FUNCT == SRA) begin
                    STATE = STATE_SRA;
                    COUNTER = 0;
                end 
                else if (FUNCT == SRL) begin
                    STATE = STATE_SRL;
                    COUNTER = 0;
                end 
            end

            //  SLL
            STATE_SLL: begin
                STATE = STATE_SHIFT_END;
                COUNTER = 0;
            end
            
            //  SRA
            STATE_SRA: begin
                STATE = STATE_SHIFT_END;
                COUNTER = 0;
            end
           
            //  SRL
            STATE_SRL: begin
                STATE = STATE_SHIFT_END;
                COUNTER = 0;
            end
            

            // SLLV, SRAV INITIAL STATE
            STATE_SLLV_SRAV_INITIAL: begin
                if (FUNCT == SLLV) begin
                    STATE = STATE_SLLV;
                    COUNTER = 0;
                end
                else if (FUNCT == SRAV) begin
                    STATE = STATE_SRAV;
                    COUNTER = 0;
                end 
            end
            
            //  SLLV
            STATE_SLLV: begin
                STATE = STATE_SHIFT_END;
                COUNTER = 0;
            end
            
            //  SRAV
            STATE_SRAV: begin
                STATE = STATE_SHIFT_END;
                COUNTER = 0;
            end 

            // SHIFT END STATE
            STATE_SHIFT_END: begin
                STATE = STATE_FETCH0;
                COUNTER = 0;
            end


            // SLT
            STATE_SLT_0: begin
                STATE = STATE_SLT_1;
                COUNTER = 0;
            end
            STATE_SLT_1: begin
                STATE = STATE_FETCH0;
                COUNTER = 0;
            end

            // SLTI
            STATE_SLTI_0: begin
                STATE = STATE_SLTI_1;
                COUNTER = 0;
            end
            STATE_SLTI_1: begin
                STATE = STATE_FETCH0;
                COUNTER = 0;
            end

            // JUMP
            STATE_JUMP: begin
                STATE = STATE_FETCH0;
                COUNTER = 0;
            end

            // RTE
            STATE_RTE: begin
                STATE = STATE_FETCH0;
                COUNTER = 0;
            end

            // RESOLUO DE ESTADOS DE LOADS, STORES E SLLM

            //STATE_LOAD_STORES_0
            STATE_LOAD_STORES_0: begin
                STATE = STATE_LOAD_STORES_1;
                COUNTER = 0;
            end

            //STATE_LOAD_STORES_1
            STATE_LOAD_STORES_1: begin
                STATE = STATE_LOAD_STORES_2;
                COUNTER = 0;
            end

            //STATE_LOAD_STORES_2
            STATE_LOAD_STORES_2: begin
                if (COUNTER == 0 || COUNTER == 1) begin
                    STATE = STATE_LOAD_STORES_2;
                    COUNTER = COUNTER + 1;
                end
                else if (COUNTER == 2) begin
                    STATE = STATE_LOAD_STORES_3;
                    COUNTER = 0;
                end
            end

            //STATE_LOAD_STORES_3
            STATE_LOAD_STORES_3: begin
                if (OPCODE == SW) begin
                    STATE = STATE_SW;
                    COUNTER = 0;
                end
                else if (OPCODE == SH) begin
                    STATE = STATE_SH;
                    COUNTER = 0;
                end
                else if (OPCODE == SB) begin
                    STATE = STATE_SB;
                    COUNTER = 0;
                end
                else if (OPCODE == LW) begin
                    STATE = STATE_LW;
                    COUNTER = 0;
                end
                else if (OPCODE == LH) begin
                    STATE = STATE_LH;
                    COUNTER = 0;
                end
                else if (OPCODE == LB) begin
                    STATE = STATE_LB;
                    COUNTER = 0;
                end
                else if (OPCODE == SLLM) begin
                    STATE = STATE_SLLM_0;
                    COUNTER = 0;
                end
            end
            
            
            //STATE_SW
            STATE_SW: begin
                STATE = STATE_FETCH0;
            end
            //STATE_SH
            STATE_SH: begin
                STATE = STATE_FETCH0;
            end
            //STATE_SB
            STATE_SB: begin
                STATE = STATE_FETCH0;
            end

            
            //STATE_LW
            STATE_LW: begin
                STATE = STATE_FETCH0;
            end
            //STATE_LH
            STATE_LH: begin
                STATE = STATE_FETCH0;
            end
            //STATE_LB
            STATE_LB: begin
                STATE = STATE_FETCH0;
            end
 
        
            
            //STATE_SLLM_0 
            STATE_SLLM_0: begin
                STATE = STATE_SLLM_1;
            end
            //STATE_SLLM_1
            STATE_SLLM_1: begin
                STATE = STATE_SLLM_ENDING;
            end
            //STATE_SLLM_ENDING
            STATE_SLLM_ENDING: begin
                STATE = STATE_FETCH0;
            end

            //STATE_ADDM0
            STATE_ADDM0: begin
                if (COUNTER < 2) begin
                    COUNTER = COUNTER + 1;
                end else begin
                    if (O == 1) begin
                        STATE = STATE_EXP_OVERFLOW;
                    end else begin
                        COUNTER = 0;
                        STATE = STATE_ADDM1;
                    end
                end
            end
            //STATE_ADDM1
            STATE_ADDM1: begin
                STATE = STATE_ADDM2;
            end
            //STATE_ADDM2
            STATE_ADDM2: begin
                if (COUNTER < 2) begin
                    COUNTER = COUNTER + 1;
                end else begin
                    COUNTER = 0;
                    STATE = STATE_ADDM3;
                end
            end
            //STATE_ADDM3
            STATE_ADDM3: begin
                STATE = STATE_ADDM4;
            end
            //STATE_ADDM4
            STATE_ADDM4: begin
                STATE = STATE_FETCH0;
            end

            // LUI
            STATE_LUI: begin
                STATE = STATE_FETCH0;
            end

            // JAL
            STATE_JAL_0: begin
                STATE = STATE_JAL_1;
                COUNTER = 0;
            end
            STATE_JAL_1: begin
                STATE = STATE_JAL_2;
            end
            STATE_JAL_2: begin
                STATE = STATE_FETCH0;
            end


            // DIV
            STATE_DIV: begin
                if (COUNTER < 34) begin
                    if (DIV0) begin
                        COUNTER = 0;
                        STATE = STATE_EXP_DIV0;
                    end

                    COUNTER = COUNTER + 1;
                end
                else begin
                    COUNTER = 0;
                    STATE = STATE_FETCH0;
                end
            end

            // MULT
            STATE_MULT: begin
                if (COUNTER < 34) begin
                    COUNTER = COUNTER + 1;
                end
                else begin
                    COUNTER = 0;
                    STATE = STATE_FETCH0;
                end
            end

            //-------------- TRATAMENTO DE EXCEES ------------------//
            
            // OVERFLOW
            STATE_EXP_OVERFLOW: begin
                if (COUNTER < 2) begin
                    COUNTER = COUNTER + 1;
                end
                else begin
                    COUNTER = 0;
                    STATE = STATE_EXP_END_0;
                end                
            end

            // DIVISO POR ZERO
            STATE_EXP_DIV0: begin
                if (COUNTER < 2) begin
                    COUNTER = COUNTER + 1;
                end
                else begin
                    COUNTER = 0;
                    STATE = STATE_EXP_END_0;
                end 
            end

            // OPCODE INEXISTENTE
            STATE_EXP_OPCODE: begin
                if (COUNTER < 2) begin
                    COUNTER = COUNTER + 1;
                end
                else begin
                    COUNTER = 0;
                    STATE = STATE_EXP_END_0;
                end 
            end

            // FINAIZAO DO TRATAMENTO 0
            STATE_EXP_END_0: begin
                STATE = STATE_EXP_END_1;
            end

            // FINAIZAO DO TRATAMENTO 1
            STATE_EXP_END_1: begin
                STATE =STATE_FETCH0;
            end
            

            default: begin
                STATE = STATE_RESET;
                COUNTER = 0;
            end

        endcase
    end

end

endmodule